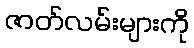
ဇာတ်လမ်းများကို